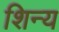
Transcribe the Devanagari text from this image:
शिन्य